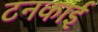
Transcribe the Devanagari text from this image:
टनकाई